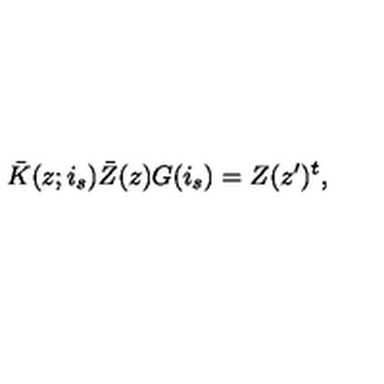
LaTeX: \bar { K } ( z ; i _ { s } ) \bar { Z } ( z ) G ( i _ { s } ) = Z ( z ^ { \prime } ) ^ { t } ,